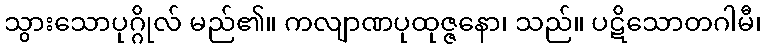
သွားသောပုဂ္ဂိုလ် မည်၏။ ကလျာဏပုထုဇ္ဇနော၊ သည်။ ပဋိသောတဂါမီ၊